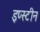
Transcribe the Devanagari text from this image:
इप्स्टीन